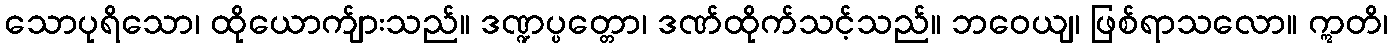
သောပုရိသော၊ ထိုယောက်ျားသည်။ ဒဏ္ဍပ္ပတ္တော၊ ဒဏ်ထိုက်သင့်သည်။ ဘဝေယျ၊ ဖြစ်ရာသလော။ ဣတိ၊